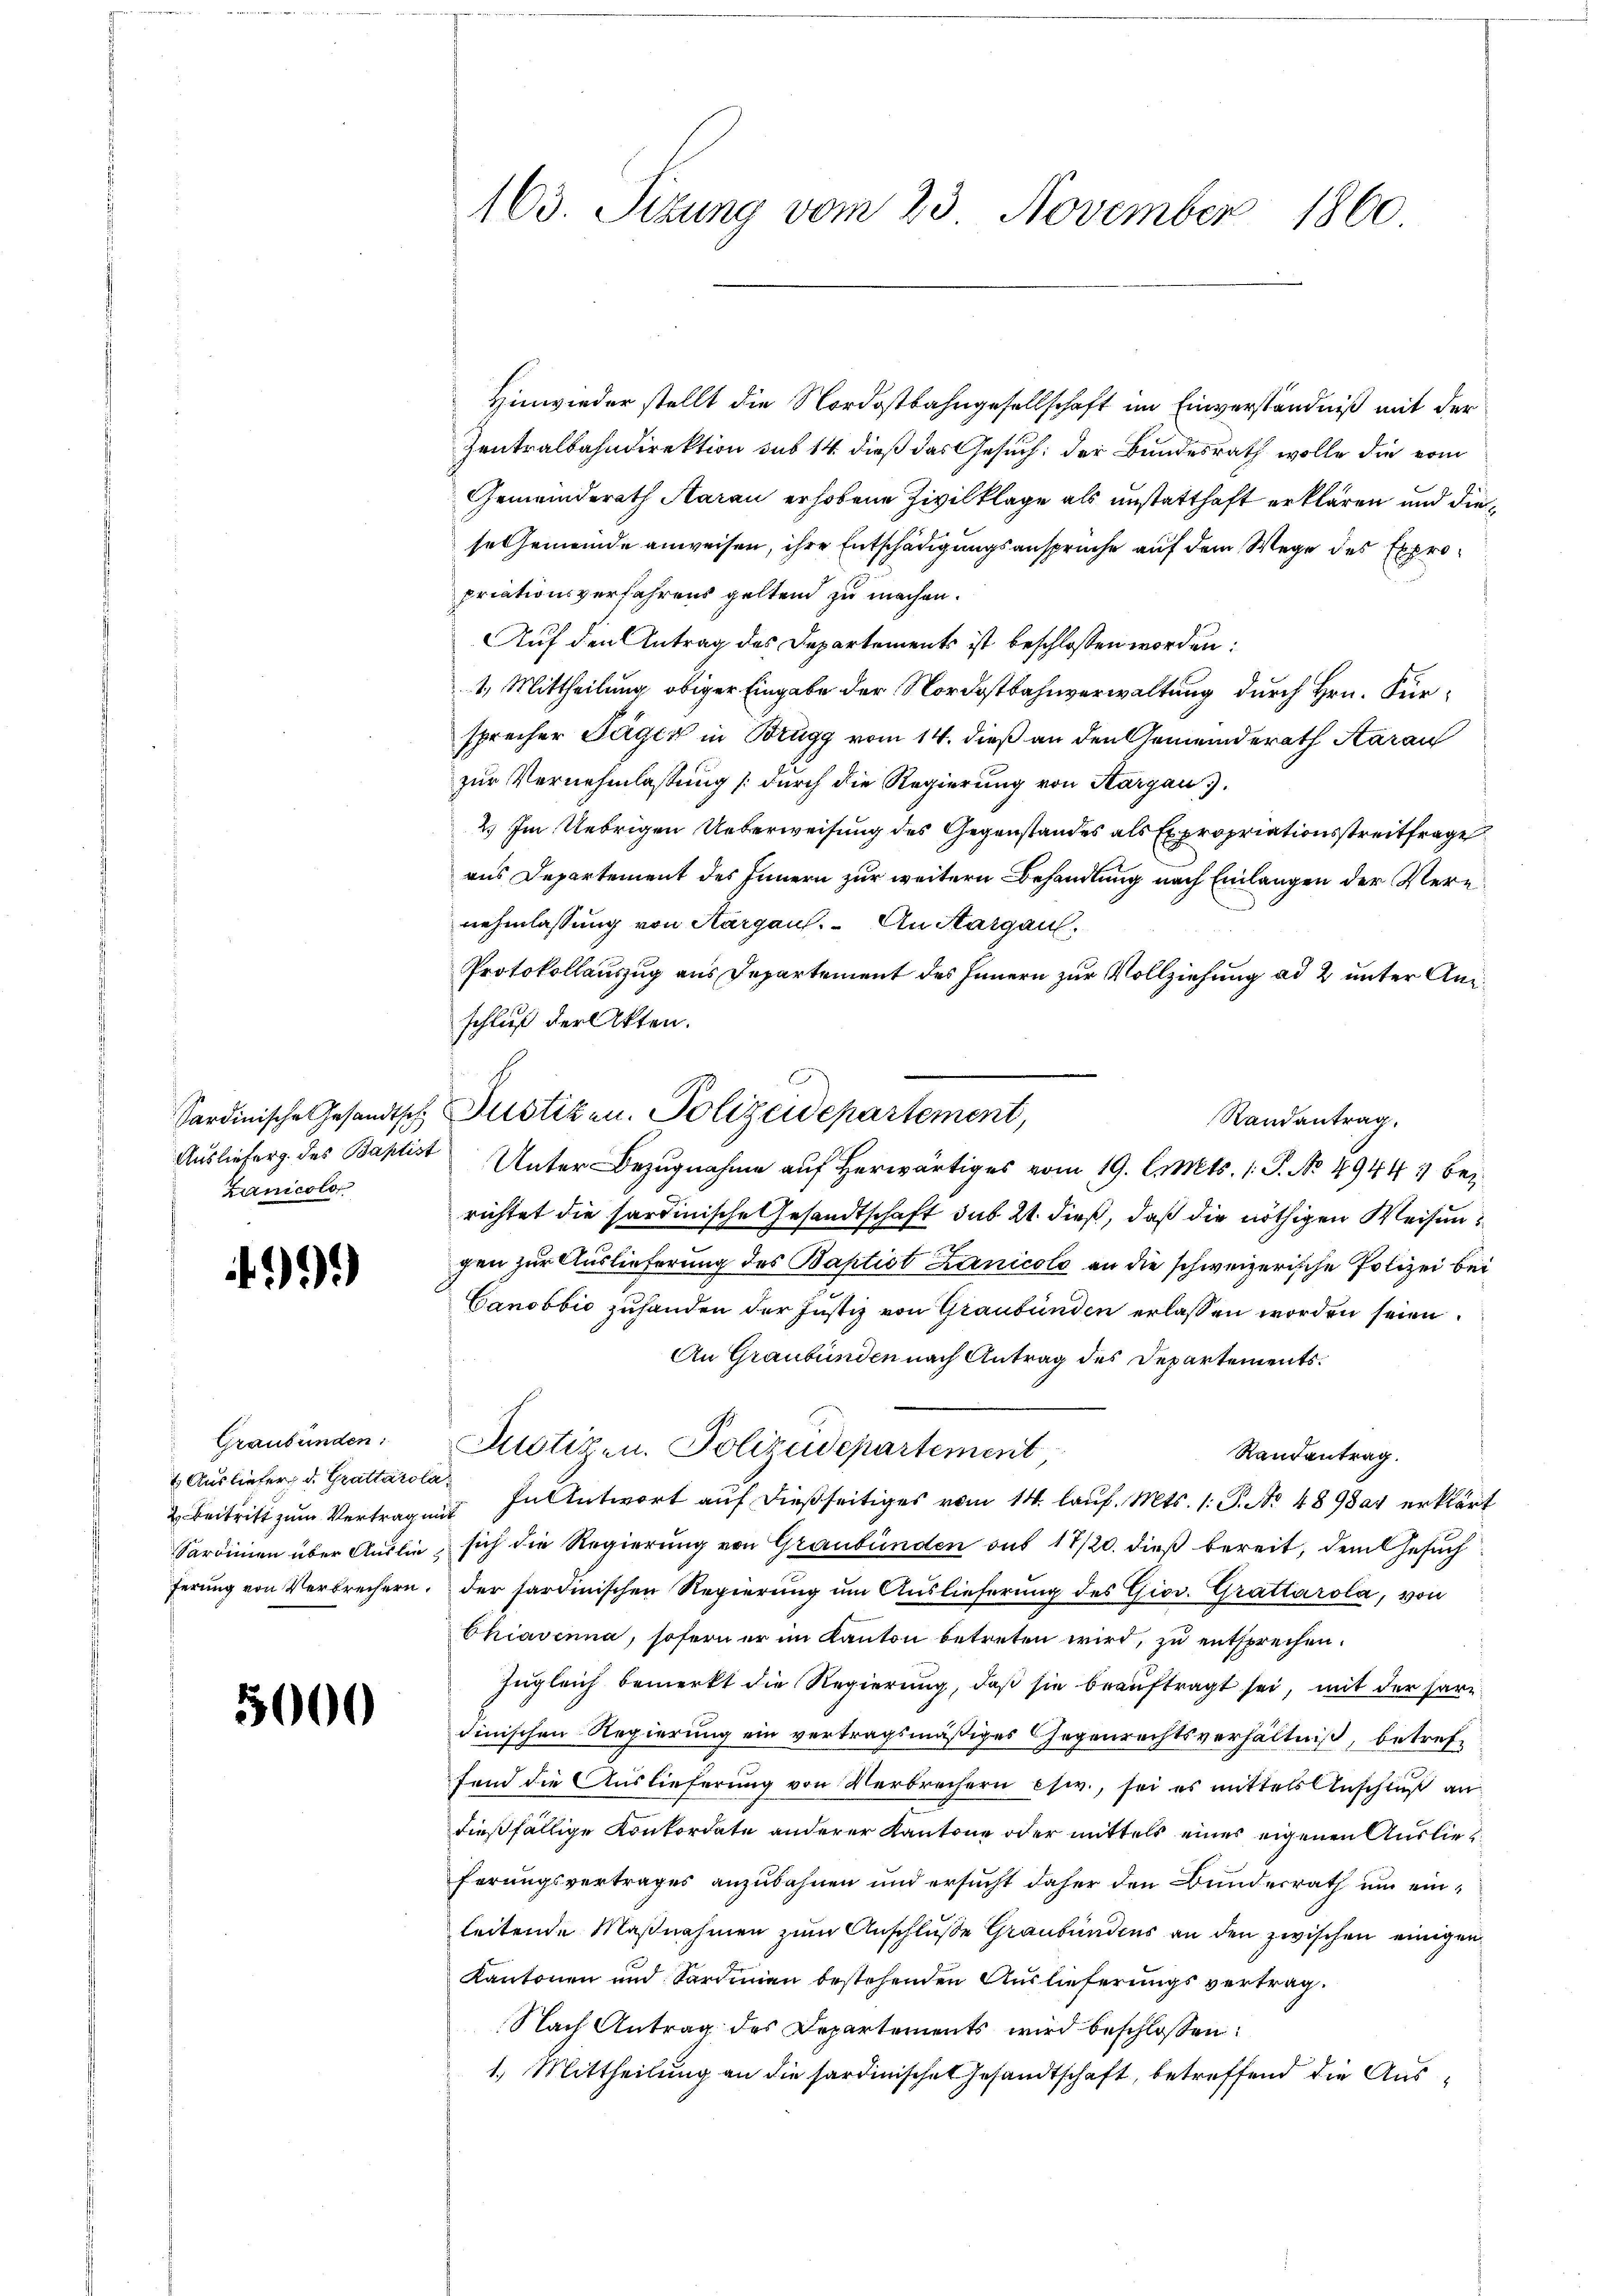
Lanicolo

499.

Graubünden:
2. Beitritt zum Vertrag
Sardinien über Auslieferung von Verbrechern

5000

163. Sizung vom 23. November 1860.

Hinwieder stellt die Nordostbahngesellschaft im Einverständniß mit der
Zentralbahndirektion sub 14 dieß das Gesuch der Bundesrath wolle die vom
Gemeinderath Aarau erhobene Zivilklage als unstatthaft erklären und diese Gemeinde anweisen, ihre Entschädigungsansprüche auf dem Wege des Expropriationsverfahrens geltend zu machen.
Auf den Antrag des Departements ist beschlossen worden:
1. Mittheilung obiger Eingabe der Nordostbahnverwaltung durch Hrn. Fürsprecher Tagen in Brugg vom 14. dieß an den Gemeinderath Aarau
zur Vernehmlassung (durch die Regierung von Hargau.
2.) Im Uebrigen Ueberweisung des Gegenstandes als Expropriationsstreitfrage
aus Departement des Innern zur weitern Behandlung nach Einlangen der Verenehmlassung von Aargau. An Margau,
Protokollauszug aus Departement des Innern zur Vollziehung ad 2 unter Anschluß der Akten.
richtet die sardinische Gesandtschaft sub 21. dieß, daß die nöthigen Weisengen zur Auslieferung des Baptist Lanicolo an die schweizerische Polizei bei
Canobbić zuhanden der Justiz von Graubünden erlassen worden seien.
An Graubünden nach Antrag des Departements.
Justizen. Polizeidepartement
Randantrag.
 Ausliefer, d. Grattarola. In Antwort auf dießseitiges vom 14. laŭf. Mts. 1. P. No 48984 erklärt
mit
 sich die Regierung von Graubünden aus 17/20. dieß bereit, dem Gesuch
der sardinischen Regierung um Auslieferung des Giov. Grattarola, von
Chiavenna, sofern er im Kanton betreten wird, zu entsprechen.
zugleich bemerkt die Regierung, daß sie beauftragt sei, mit der hardinischen Regierung ein vertragsmäßiges Gegenrechtsverhältniß, betreffend die Auslieferung von Verbrechern esw., sei es mittels Anschluß andießfällige Konkordate anderer Kantone oder mittels eines eigenen Auslieferungsvertrages anzubahnen und ersucht daher den Bundesrath um einleitende Maßnahmen zum Anschluße Graubündens an den zwischen einigen
Kantonen und Sardinien bestehenden Auslieferungsvertrag.
Nach Antrag des Departements wird beschlossen:
1.) Mittheilung an die sardinischen Gesandtschaft, betreffend die Aus¬

Sardinische Gesandtsch Pustizen. Polizeidepartement,
Auslieferg des Baptist Unter Bezugnahme auf herwärtiges vom 19. d. Mts. 1. P. No 49441 bei

Randantrag.